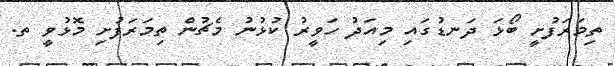
ތިމަރަފުށީ ބޯޅަ ދަނޑުގައި މިއަދު ހަވީރު ކުޅުނު މެޗުން ތިމަރަފުށި މޮޅުވީ ތ.